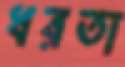
ধরতা